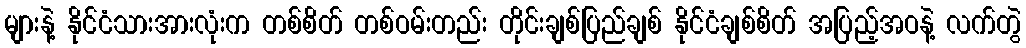
များနဲ့ နိုင်ငံသားအားလုံးက တစ်စိတ် တစ်ဝမ်းတည်း တိုင်းချစ်ပြည်ချစ် နိုင်ငံချစ်စိတ် အပြည့်အဝနဲ့ လက်တွဲ